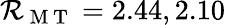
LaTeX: \mathcal{R}_{\mathrm{{~M~T~}}}=2.44,2.10